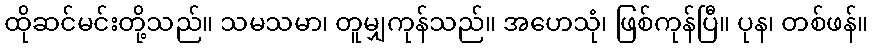
ထိုဆင်မင်းတို့သည်။ သမသမာ၊ တူမျှကုန်သည်။ အဟေသုံ၊ ဖြစ်ကုန်ပြီ။ ပုန၊ တစ်ဖန်။